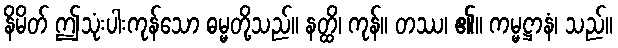
နိမိတ် ဤသုံးပါးကုန်သော ဓမ္မတို့သည်။ နတ္ထိ၊ ကုန်။ တဿ၊ ၏။ ကမ္မဋ္ဌာနံ၊ သည်။